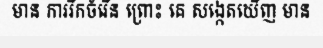
មាន ការរីកចំរើន ព្រោះ គេ សង្កេតឃើញ មាន